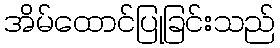
အိမ်ထောင်ပြုခြင်းသည်